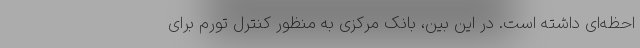
احظه‌ای داشته است. در این بین، بانک مرکزی به منظور کنترل تورم برای